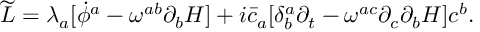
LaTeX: { \widetilde { \cal L } } = \lambda _ { a } [ { \dot { \phi } } ^ { a } - \omega ^ { a b } \partial _ { b } H ] + i { \bar { c } } _ { a } [ \delta _ { b } ^ { a } \partial _ { t } - \omega ^ { a c } \partial _ { c } \partial _ { b } H ] c ^ { b } .